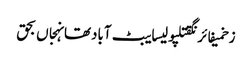
زخمیفائرنگقتلپولیسایبٹ آبادتھانہجاں بحق